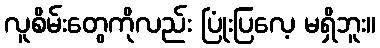
လူစိမ်းတွေကိုလည်း ပြုံးပြလေ့ မရှိဘူး။